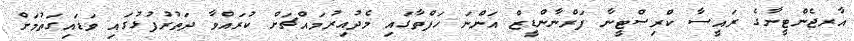
އާރޖެންޓީނާގެ ރައީސާ ކްރިސްޓީނާ ފަރްނާންޑީޒް އަންނަ ހަފްތާގައި މެދުއިރުމައްޗަށް ކުރައްވާ ދަތުރުފުޅުގައި ވަޑައިގަތުމަށް